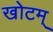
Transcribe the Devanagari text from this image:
खोटम्